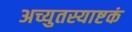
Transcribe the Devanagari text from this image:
अच्युतस्याष्टकं